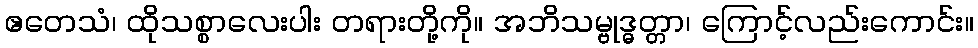
ဧတေသံ၊ ထိုသစ္စာလေးပါး တရားတို့ကို။ အဘိသမ္ဗုဒ္ဓတ္တာ၊ ကြောင့်လည်းကောင်း။